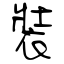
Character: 裝